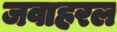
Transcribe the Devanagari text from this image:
जवाहरल